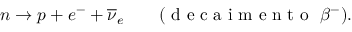
n \to p + e ^ { - } + \overline { { \nu } } _ { e } \qquad ( \mathrm { ~ d ~ e ~ c ~ a ~ i ~ m ~ e ~ n ~ t ~ o ~ } ~ \beta ^ { - } ) .